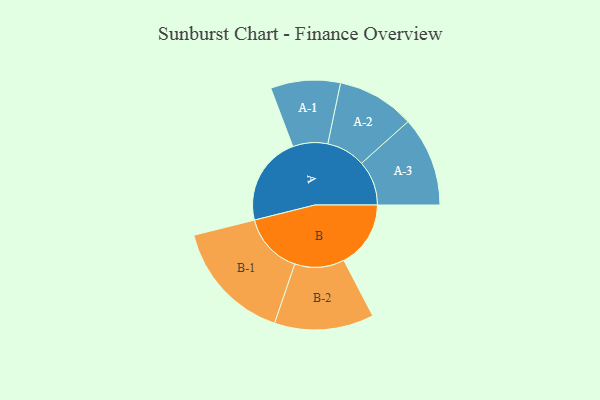
{"axis": {"x": "Segment", "y": "Value"}, "legend": ["", "A", "B"], "data": [{"x": "A", "y": 312, "type": ""}, {"x": "B", "y": 234, "type": ""}, {"x": "A-1", "y": 122, "type": "A"}, {"x": "A-2", "y": 136, "type": "A"}, {"x": "A-3", "y": 157, "type": "A"}, {"x": "B-1", "y": 214, "type": "B"}, {"x": "B-2", "y": 174, "type": "B"}]}